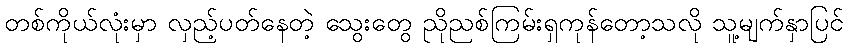
တစ်ကိုယ်လုံးမှာ လှည့်ပတ်နေတဲ့ သွေးတွေ ညိုညစ်ကြမ်းရှကုန်တော့သလို သူ့မျက်နှာပြင်